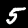
Label: 5